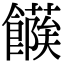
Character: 𩞶